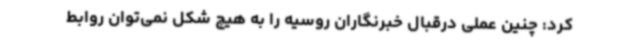
کرد: چنین عملی درقبال خبرنگاران روسیه را به هیچ شکل نمی‌توان روابط